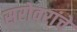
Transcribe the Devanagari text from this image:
सरोवरांचे